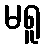
မရူ